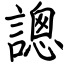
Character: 謥